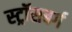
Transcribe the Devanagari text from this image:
स्ट्रॉसबर्ग